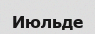
Июльде